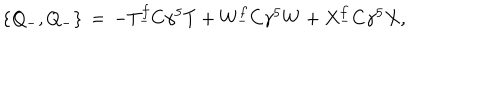
\{ Q _ { - } , Q _ { - } \} \, = \, - T _ { - } ^ { f } C \gamma ^ { 5 } T + W _ { - } ^ { f } C \gamma ^ { 5 } W + X _ { - } ^ { f } C \gamma ^ { 5 } X ,